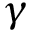
\gamma